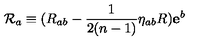
\mathcal { R } _ { a } \equiv ( R _ { a b } - \frac { 1 } { 2 ( n - 1 ) } \eta _ { a b } R ) \mathbf { e } ^ { b }